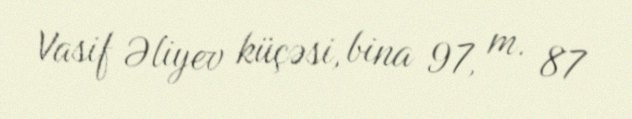
Vasif Əliyev küçəsi, bina 97, m. 87